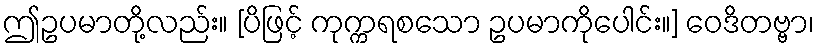
ဤဥပမာတို့လည်း။ [ပိဖြင့် ကုက္ကရစသော ဥပမာကိုပေါင်း။] ဝေဒိတဗ္ဗာ၊